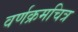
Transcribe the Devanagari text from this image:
वर्णक्रमचित्र